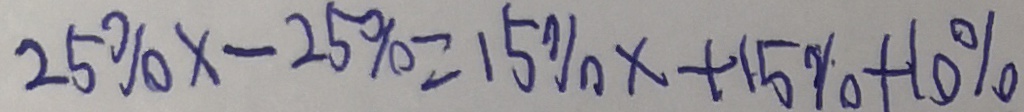
2 5 \% x - 2 5 \% = 1 5 \% x + 1 5 \% + 1 0 \%